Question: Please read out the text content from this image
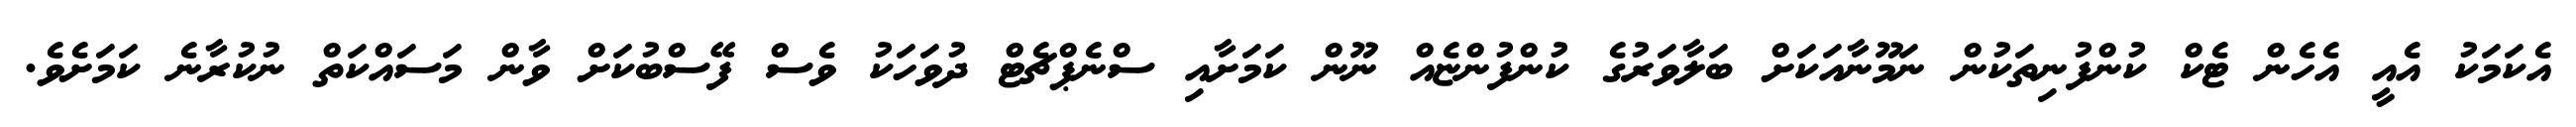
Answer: އެކަމަކު އެއީ އެހެން ޓެކް ކުންފުނިތަކުން ނަމޫނާއަކަށް ބަލާވަރުގެ ކުންފުންޏެއް ނޫން ކަމަށާއި ސްނެޕްޗެޓް ދުވަހަކު ވެސް ފޭސްބުކަށް ވާން މަސައްކަތް ނުކުރާނެ ކަމަށެވެ.